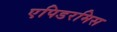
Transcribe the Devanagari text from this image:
एपिडरमिस